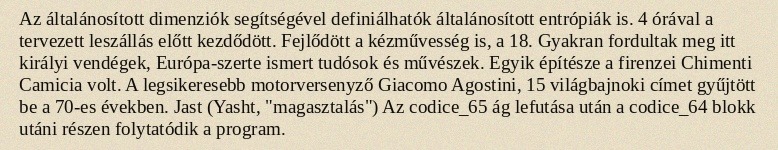
Az általánosított dimenziók segítségével definiálhatók általánosított entrópiák is. 4 órával a tervezett leszállás előtt kezdődött. Fejlődött a kézművesség is, a 18. Gyakran fordultak meg itt királyi vendégek, Európa-szerte ismert tudósok és művészek. Egyik építésze a firenzei Chimenti Camicia volt. A legsikeresebb motorversenyző Giacomo Agostini, 15 világbajnoki címet gyűjtött be a 70-es években. Jast (Yasht, "magasztalás") Az codice_65 ág lefutása után a codice_64 blokk utáni részen folytatódik a program.